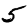
Digit: 5